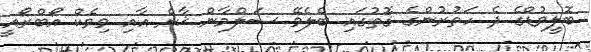
ބޮލީވުޑްގެ ދެ ހަތުރުންގެ ގޮތުގައި ބެލެވޭ ސަލްމާން ޚާން އާއި ވިވެކް އޯބްރޯއީ